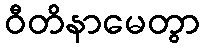
ဝီတိနာမေတွာ